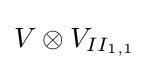
V\otimes V_{II_{1,1}}